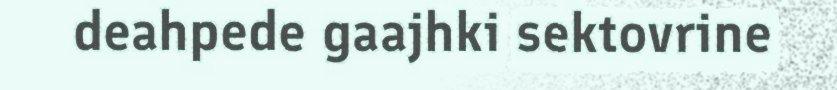
deahpede gaajhki sektovrine